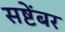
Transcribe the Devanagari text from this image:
सष्टेंबर